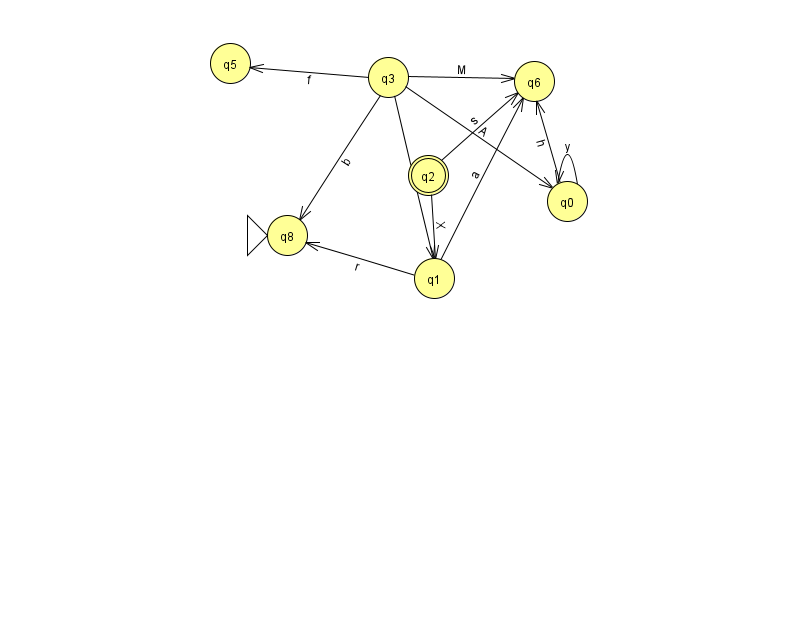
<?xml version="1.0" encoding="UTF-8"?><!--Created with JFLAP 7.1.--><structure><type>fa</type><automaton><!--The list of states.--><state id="0" name="q0"><x>567.0</x><y>188.0</y></state><state id="1" name="q1"><x>434.0</x><y>265.0</y></state><state id="2" name="q2"><x>428.0</x><y>162.0</y><final/></state><state id="3" name="q3"><x>388.0</x><y>64.0</y></state><state id="5" name="q5"><x>230.0</x><y>50.0</y></state><state id="6" name="q6"><x>534.0</x><y>68.0</y></state><state id="8" name="q8"><x>287.0</x><y>222.0</y><initial/></state><!--The list of transitions.--><transition><from>3</from><to>5</to><read>f</read></transition><transition><from>3</from><to>0</to><read>A</read></transition><transition><from>3</from><to>8</to><read>b</read></transition><transition><from>3</from><to>1</to><read>n</read></transition><transition><from>0</from><to>0</to><read>y</read></transition><transition><from>2</from><to>1</to><read>X</read></transition><transition><from>3</from><to>6</to><read>M</read></transition><transition><from>0</from><to>6</to><read>h</read></transition><transition><from>1</from><to>6</to><read>a</read></transition><transition><from>2</from><to>6</to><read>s</read></transition><transition><from>1</from><to>8</to><read>r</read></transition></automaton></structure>